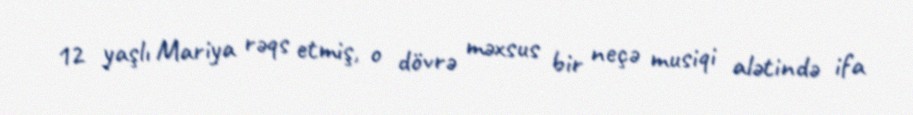
12 yaşlı Mariya rəqs etmiş, o dövrə məxsus bir neçə musiqi alətində ifa